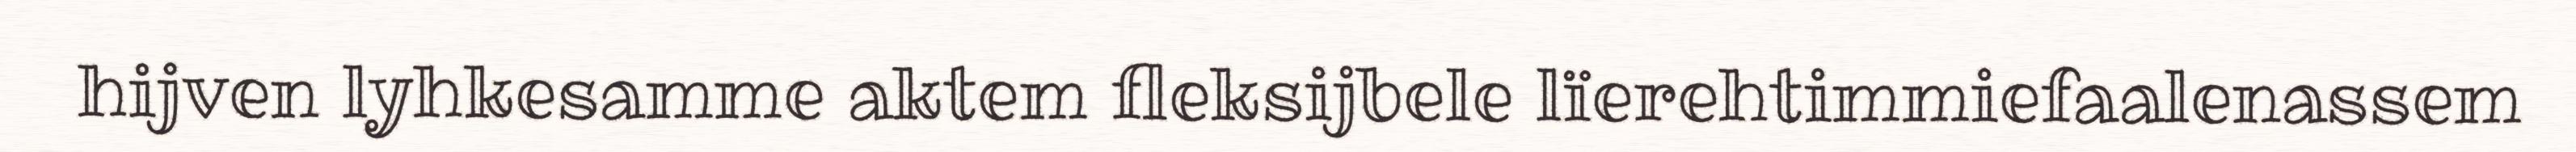
hijven lyhkesamme aktem fleksijbele lïerehtimmiefaalenassem